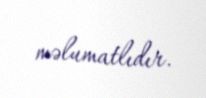
məlumatlıdır.